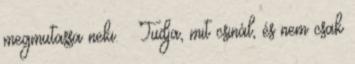
megmutassa neki. – Tudja, mit csinál, és nem csak